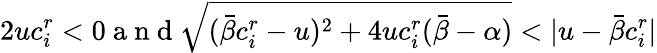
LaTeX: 2uc_{i}^{r}<0\mathrm{~a~n~d~}\sqrt{(\bar{\beta}c_{i}^{r}-u)^{2}+4uc_{i}^{r}(\bar{\beta}-\alpha)}<|u-\bar{\beta}c_{i}^{r}|